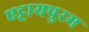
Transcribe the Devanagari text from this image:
एट्टायपुरम